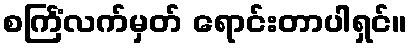
စင်္ကြံလက်မှတ် ရောင်းတာပါရှင်။